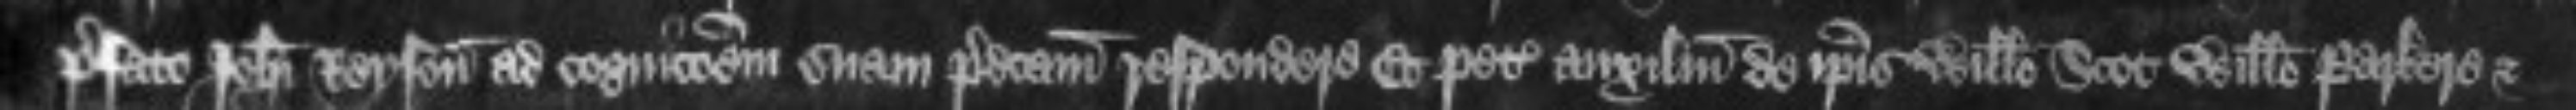
prefato Johanni Reyson ad cognicionem suam predictam respondere Et petit auxilium de ipsis Willelmo Scot Willelmo Parkere et